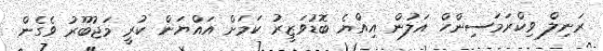
ރަނިލް ވިކްރަމަސިންހް އަލުން އިއްޔެ ބޮޑުވަޒީރު ކަމަށް އައްޔަން ކުރީ މަޖުބޫރު ވެގެން